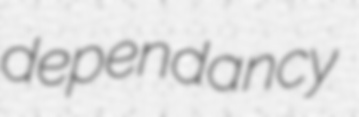
dependancy